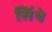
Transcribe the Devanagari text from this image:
सिंथे